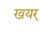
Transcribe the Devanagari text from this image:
खयर्